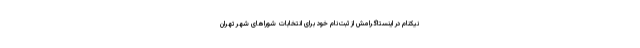
نیکنام در اینستاگرامش از ثبت‌نام خود برای انتخابات شوراهای شهر تهران